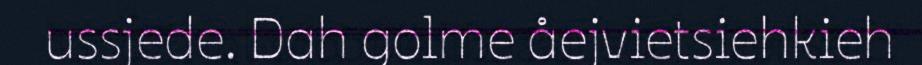
ussjede. Dah golme åejvietsiehkieh